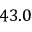
4 3 . 0